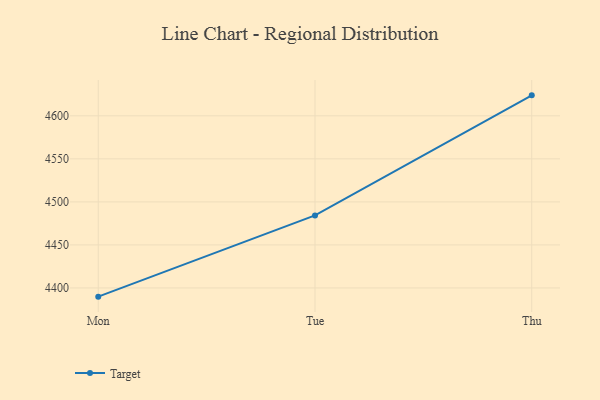
{"axis": {"x": "Day", "y": "Website Visitors"}, "legend": ["Target"], "data": [{"x": "Mon", "y": 4389.9, "type": "Target"}, {"x": "Tue", "y": 4484.3, "type": "Target"}, {"x": "Thu", "y": 4623.8, "type": "Target"}]}